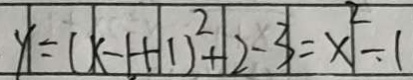
y = ( x - 1 + 1 ) ^ { 2 } + 2 - 3 = x ^ { 2 } - 1